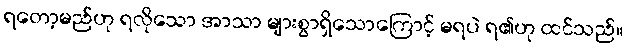
ရတော့မည်ဟု ရလိုသော အာသာ များစွာရှိသောကြောင့် မရပဲ ရ၏ဟု ထင်သည်။